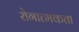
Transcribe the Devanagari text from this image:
रोगात्मकता